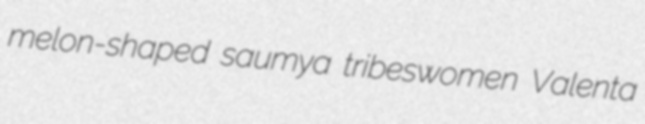
melon-shaped saumya tribeswomen Valenta